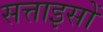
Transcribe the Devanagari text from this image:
सत्ताइसों